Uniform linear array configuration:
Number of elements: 12
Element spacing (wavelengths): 0.5
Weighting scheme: hamming
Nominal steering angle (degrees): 30
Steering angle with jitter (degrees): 29.118
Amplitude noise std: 0.05
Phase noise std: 0.05

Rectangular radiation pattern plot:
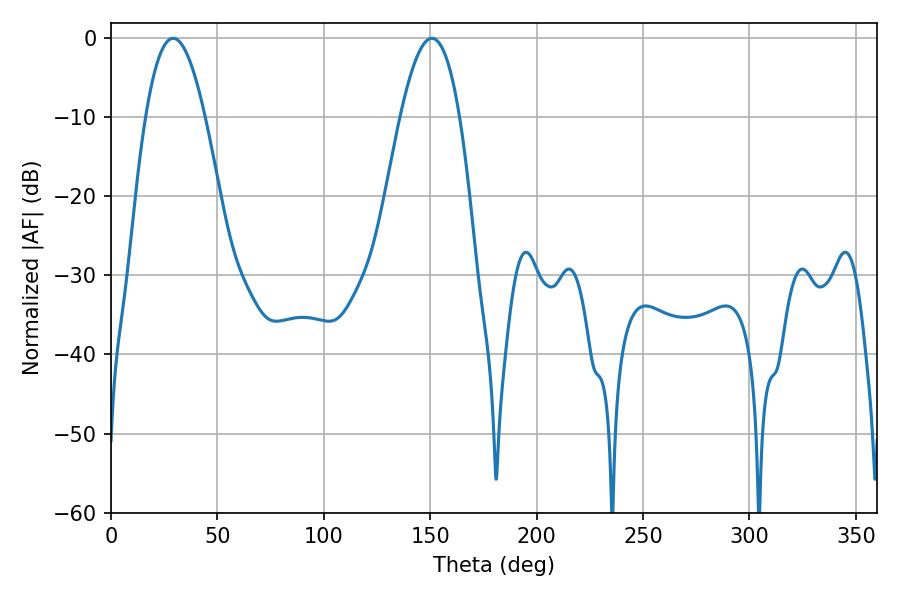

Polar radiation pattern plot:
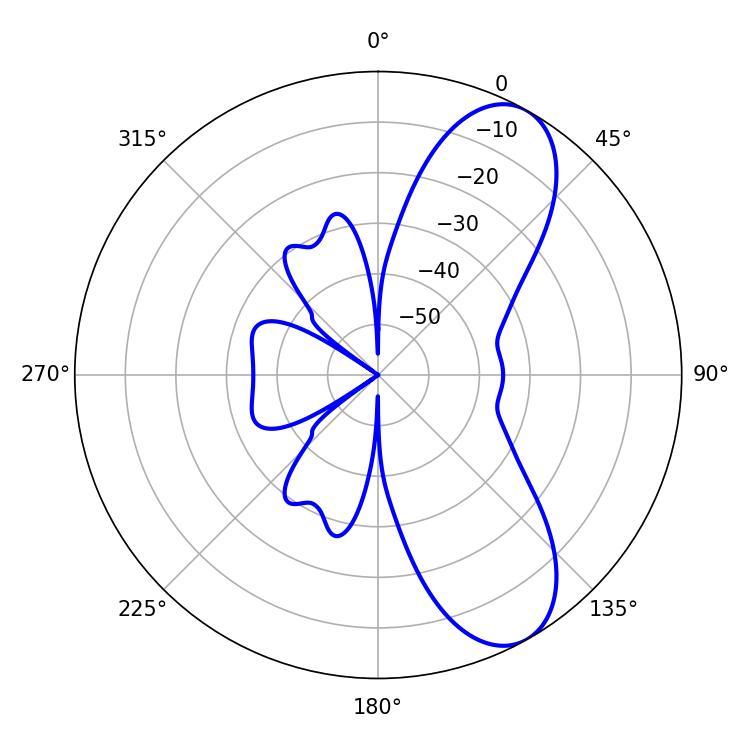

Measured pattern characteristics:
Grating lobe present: FALSE
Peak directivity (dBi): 8.483
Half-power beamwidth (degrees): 15.12
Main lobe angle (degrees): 29.16